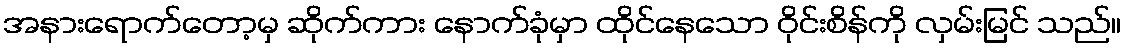
အနားရောက်တော့မှ ဆိုက်ကား နောက်ခုံမှာ ထိုင်နေသော ဝိုင်းစိန်ကို လှမ်းမြင် သည်။